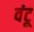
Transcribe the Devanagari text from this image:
वंटू